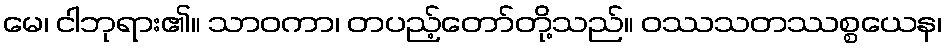
မေ၊ ငါဘုရား၏။ သာဝကာ၊ တပည့်တော်တို့သည်။ ဝဿသတဿစ္စယေန၊